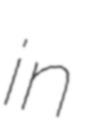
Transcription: in